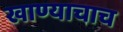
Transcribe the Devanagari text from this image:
खाण्याचाच